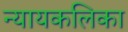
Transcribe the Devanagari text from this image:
न्यायकलिका